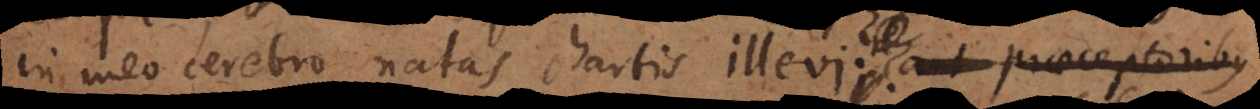
in meo cerebro natas chartis illevi ? aut praeceptoribus